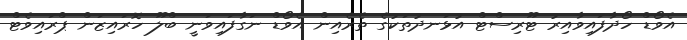
އެވޯޑް ހޯދާފައިވާއިރު ޓޫރިސްޓް އުޅަނދުތަކުގެ ތެރެއިން އެވޯޑް ނަގާފައިވަނީ ބްލޫ ހޮރައިޒަން ޕްރައިވެޓް